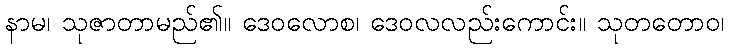
နာမ၊ သုဇာတာမည်၏။ ဒေဝလောစ၊ ဒေဝလလည်းကောင်း။ သုတတောဝ၊